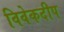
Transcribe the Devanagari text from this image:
विवेकदीप